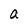
Character: a